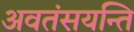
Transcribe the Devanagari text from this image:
अवतंसयन्ति